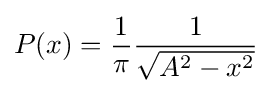
P(x)={\frac {1}{\pi }}{\frac {1}{\sqrt {A^{2}-x^{2}}}}